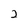
Character: 2